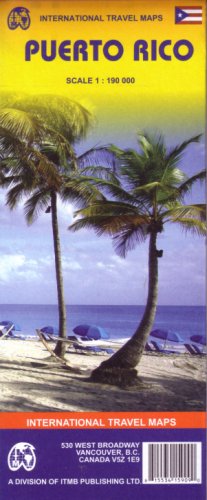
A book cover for Puerto Rico 1:190,000 Travel Map 2007; ITM Canada; Travel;